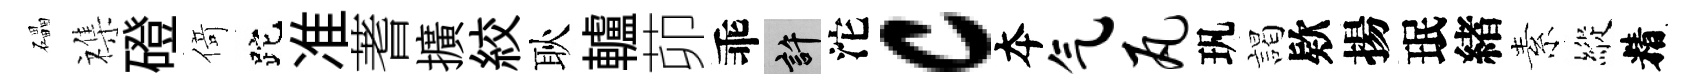
礧襍磴𠋣跎准蓍擴絞耿轤茆乖許沱c夲气瓦㺬謁欵揚珉緖素縱精